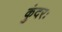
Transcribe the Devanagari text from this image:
कुंदरः